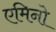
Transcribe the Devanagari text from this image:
एमिनो